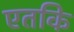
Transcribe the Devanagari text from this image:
एतकि